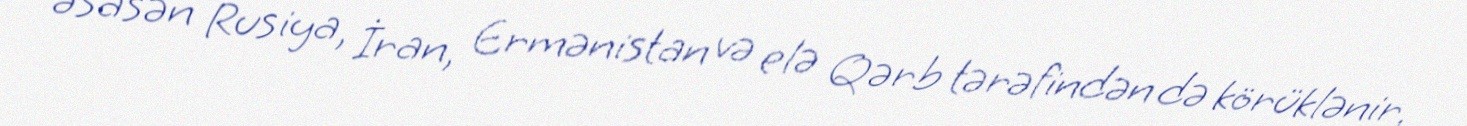
əsasən Rusiya, İran, Ermənistan və elə Qərb tərəfindən də körüklənir.